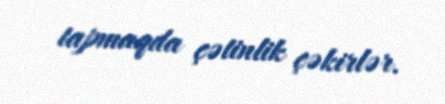
tapmaqda çətinlik çəkirlər.